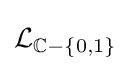
{\mathcal {L}}_{\mathbb {C} -\{0,1\}}